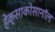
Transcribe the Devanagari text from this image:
हेक्साकोसानॉल